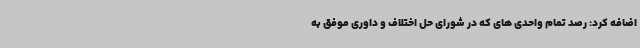
اضافه کرد: رصد تمام واحدی های که در شورای حل اختلاف و داوری موفق به